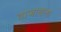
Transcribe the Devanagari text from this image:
वाजायला